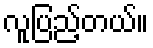
လူပြည့်တယ်။